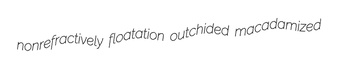
nonrefractively floatation outchided macadamized